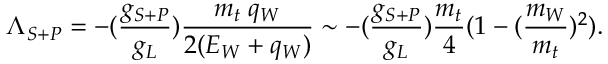
\Lambda _ { S + P } = - ( \frac { g _ { S + P } } { g _ { L } } ) \frac { m _ { t } \; q _ { W } } { 2 ( E _ { W } + q _ { W } ) } \sim - ( \frac { g _ { S + P } } { g _ { L } } ) \frac { m _ { t } } { 4 } ( 1 - ( \frac { m _ { W } } { m _ { t } } ) ^ { 2 } ) .